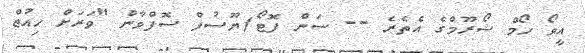
އީވޯ ހޯމް ޝޯރޫމްގެ އެތެރެ -- ސަން ފޮޓޯ/ޔޫސުފް ސޮފްވާން "ވަރަށް ހިއުޖް